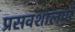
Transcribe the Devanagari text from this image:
प्रसवशालाएँ